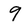
Character: 9